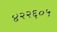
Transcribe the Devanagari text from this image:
४२२६०५